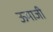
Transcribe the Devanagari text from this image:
ऊमाजी